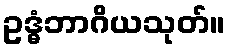
ဥဒ္ဓံဘာဂိယသုတ်။